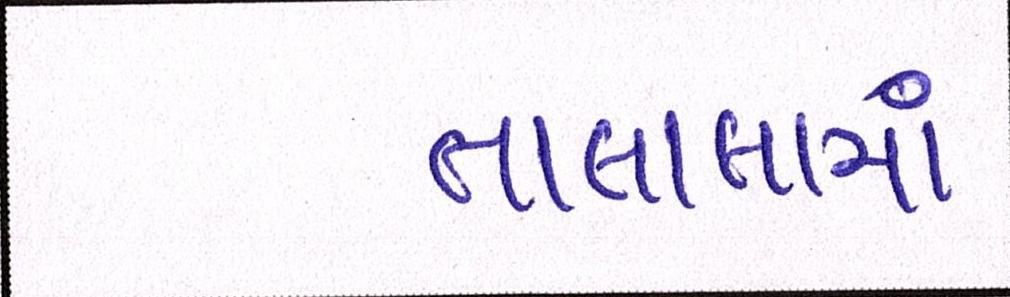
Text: તાલાલામાં